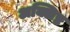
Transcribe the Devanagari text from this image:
अक्लिष्ट